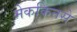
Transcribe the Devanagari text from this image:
मेककिनसे